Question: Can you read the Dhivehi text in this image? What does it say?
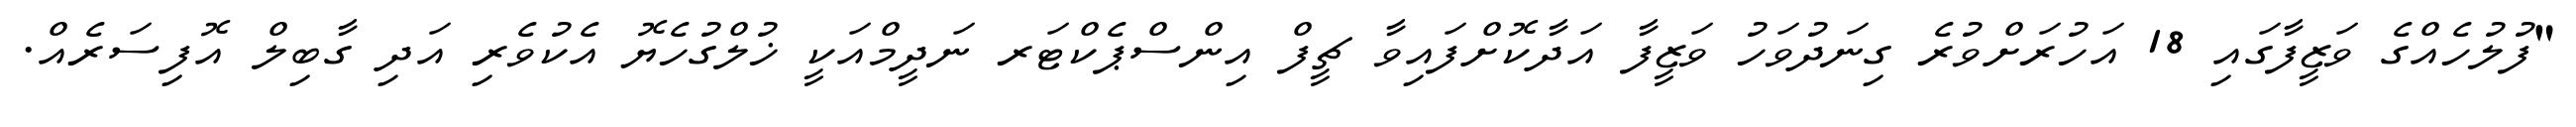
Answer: "ފުލުހެއްގެ ވަޒީފާގައި 18 އަހުރަށްވުރެ ގިނަދުވަހު ވަޒީފާ އަދާކޮށްފައިވާ ޗީފް އިންސްޕެކްޓަރ ނަދީމްއަކީ ޚުލްގުހެޔޮ އެކުވެރި އަދި ގާބިލް އޮފިސަރެއް.